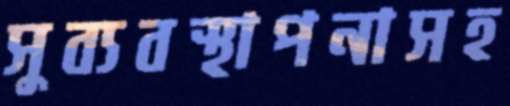
সুব্যবস্থাপনাসহ